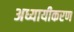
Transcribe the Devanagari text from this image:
अध्यायीकरण